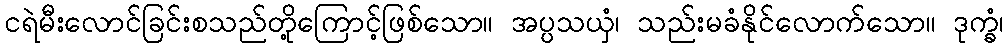
ငရဲမီးလောင်ခြင်းစသည်တို့ကြောင့်ဖြစ်သော။ အပ္ပသယှံ၊ သည်းမခံနိုင်လောက်သော။ ဒုက္ခံ၊